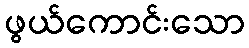
ဖွယ်ကောင်းသော